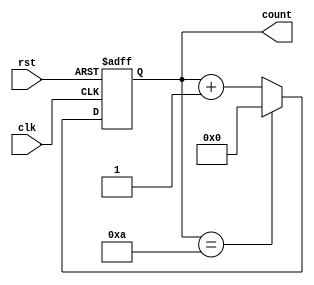
module Generate_While_Loop (
    input wire clk,
    input wire rst,
    output reg [3:0] count
);

// Initialize count
reg [3:0] count = 0;

// Generate While Loop
always @ (posedge clk or posedge rst) begin
    if (rst) begin
        count <= 0;
    end else begin
        count <= count + 1;
        // Exit loop when count reaches 10
        if (count == 10) begin
            count <= 0;
        end
    end
end

endmodule